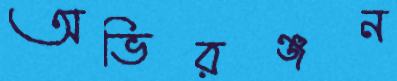
অভিরঞ্জন